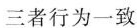
三者行为一致